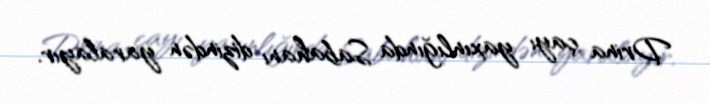
Drina çayı yaxınlığında Sabahanı dizindən yaralayır.